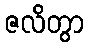
ဇလိတွာ